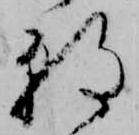
朝